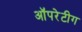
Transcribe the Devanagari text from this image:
ऑपरेटीग